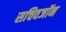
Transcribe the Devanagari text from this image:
सचिवजॉन